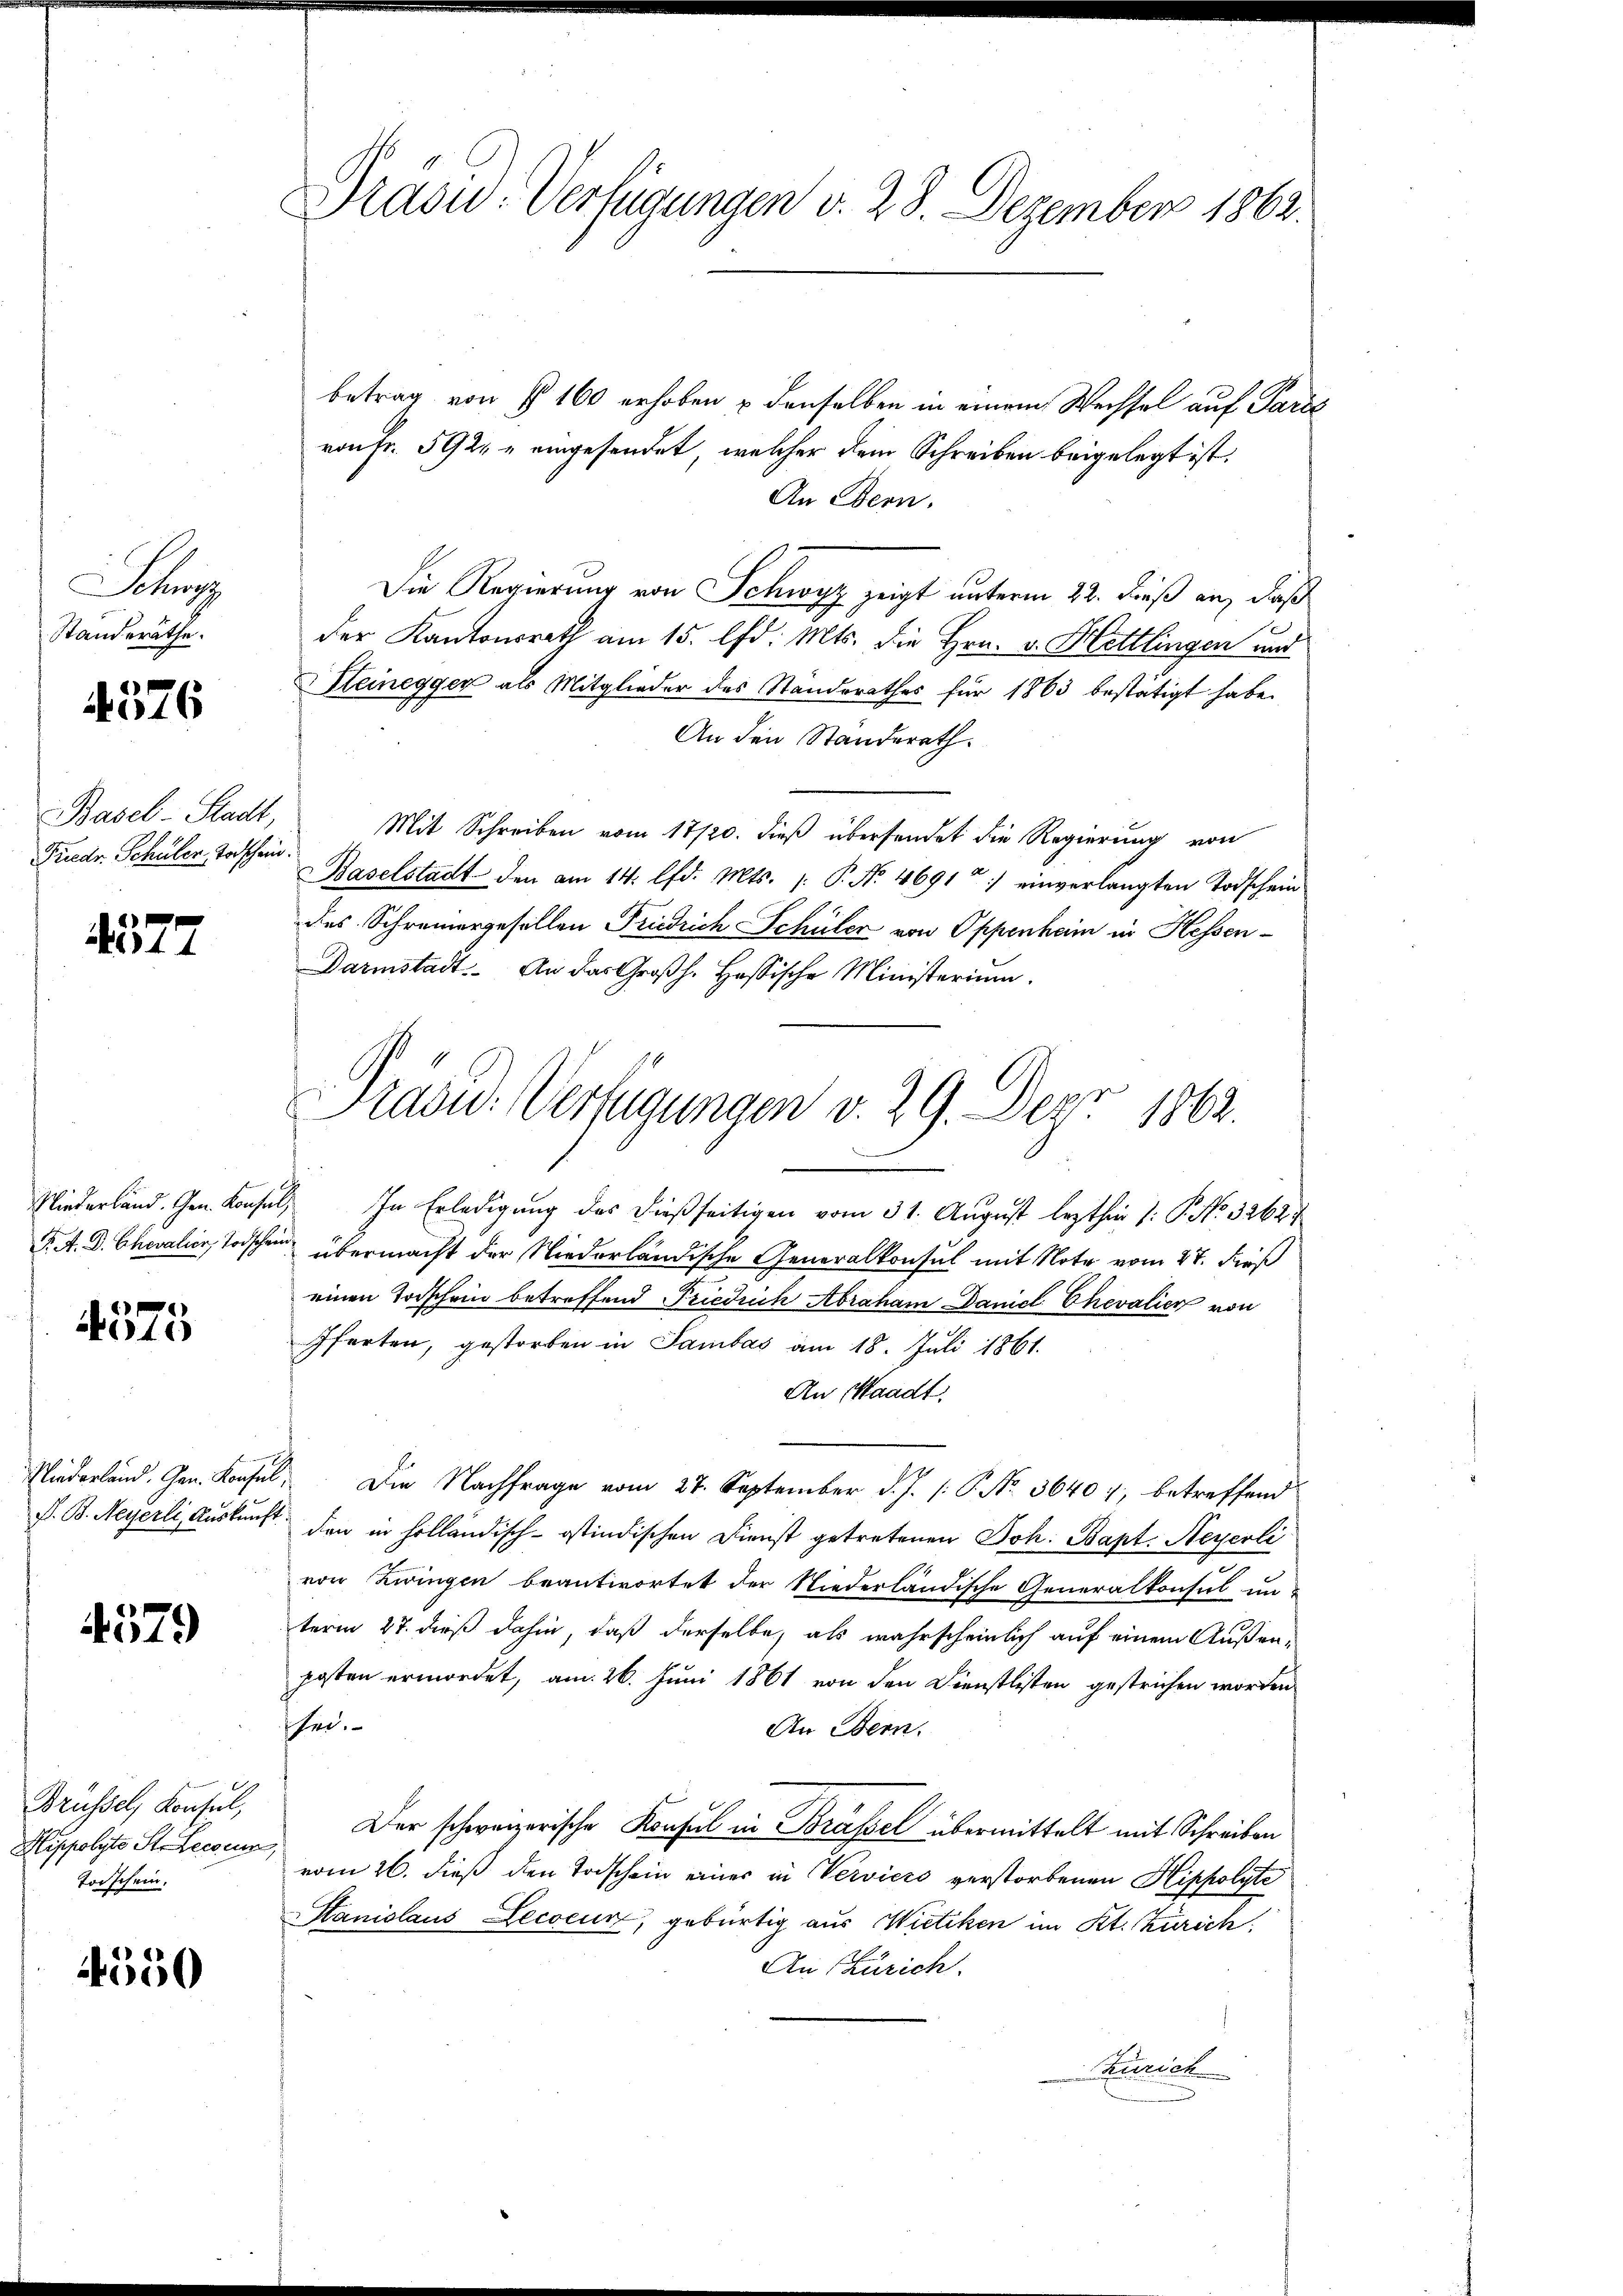
Sch
Standeräthe.
Basel-Stadt,
Friedr. Schüler Todschein.

4576

4577

4575

4579

Brüssel, Konsul,
Hippolyte St. Lecour,
Torschein.

550

Draow. Verfügungen v. 28. Dezember 1862.

betrag von § 160 erhoben u denselben in einem Wechsel auf Paris
von Fr. 592 u eingesendet, welcher dem Schreiben beigelegt ist.
An Bern.
Die Regierung von Schwyz zeigt unterm 22. dieß an, daß
der Kantonsrath am 15. d. Mts. die Hrn. v. Hettlingen und
Kleinegger als Mitglieder des Standsrathes für 1863 bestätigt habe.
An den Standerath.
Mit Schreiben vom 17/20. dieß übersendet die Regierung von
Baselstadt den am 14. lfd. Mts. 1. P. No. 4691 :/ einverlangten Todschein
des Schreinergesellen Friedrich Schüler von Oppenham in Hessen¬
Darmstadt. An das Großh. Hassische Ministerium.
Niederland. Gen. Konsul, In Erledigung des dießseitigen vom 31. August lezthin /: P. No. 3262.
F. A. D. Chevalier, Todschen übermacht der Niederländische Generalkonsul mit Note vom 27. dieß
einen Todschein betreffend Frieduch Abraham Daniel Chevalien von
ffarten, gestorben in Sambas am 18. Juli 1861.
An Waadt.
r
Niederland. Gen. Konfel. Die Nachfrage vom 27. September d. J. P. No. 36407, betreffend
P. B. Meyerli, Auskunft den in holländisch-ostindischen Dienst getretenen Joh: Bapt. Meyerli
von Zwingen beantwortet der Niederländische Generalkonsul un-
term 27. dieß dahin, daß derselbe, als wahrscheinlich auf einem Außen-
posten ermordet, am 26. Juni 1861 von den Dienstlisten gestrichen worden
Ehe.
An Bern.
Der schweizerische Konsul in Brassel übermittelt mit Schreiben
vom 26. dieß den Todschein einer in Verviers verstorbenen Hippolyte
Stanislaus Lecoeun, gebürtig aus Wietiken im Kt. Zürich,
An Zürich.
Zürich

Tradid. Verfügungen v. 29. Depr 1862.